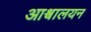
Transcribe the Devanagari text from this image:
आश्वालयन